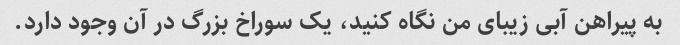
به پیراهن آبی زیبای من نگاه کنید، یک سوراخ بزرگ در آن وجود دارد.